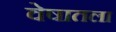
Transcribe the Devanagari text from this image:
वेषातला